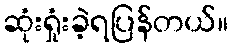
ဆုံးရှုံးခဲ့ရပြန်တယ်။